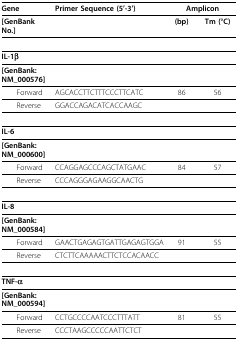
<table><thead><tr><td><b>Gene</b></td><td><b>Primer Sequence (5&#x27;-3&#x27;)</b></td><td colspan="2"><b>Amplicon</b></td></tr></thead><tbody><tr><td><b>[GenBank No.]</b></td><td></td><td><b>(bp)</b></td><td><b>Tm (°C)</b></td></tr><tr><td><b>IL-1β</b></td><td></td><td></td><td></td></tr><tr><td><b>[GenBank:</b>NM_000576<b>]</b></td><td></td><td></td><td></td></tr><tr><td> Forward</td><td>AGCACCTTCTTTCCCTTCATC</td><td>86</td><td>56</td></tr><tr><td> Reverse</td><td>GGACCAGACATCACCAAGC</td><td></td><td></td></tr><tr><td><b>IL-6</b></td><td></td><td></td><td></td></tr><tr><td><b>[GenBank:</b>NM_000600<b>]</b></td><td></td><td></td><td></td></tr><tr><td> Forward</td><td>CCAGGAGCCCAGCTATGAAC</td><td>84</td><td>57</td></tr><tr><td> Reverse</td><td>CCCAGGGAGAAGGCAACTG</td><td></td><td></td></tr><tr><td><b>IL-8</b></td><td></td><td></td><td></td></tr><tr><td><b>[GenBank:</b>NM_000584<b>]</b></td><td></td><td></td><td></td></tr><tr><td> Forward</td><td>GAACTGAGAGTGATTGAGAGTGGA</td><td>91</td><td>55</td></tr><tr><td> Reverse</td><td>CTCTTCAAAAACTTCTCCACAACC</td><td></td><td></td></tr><tr><td><b>TNF-α</b></td><td></td><td></td><td></td></tr><tr><td><b>[GenBank:</b>NM_000594<b>]</b></td><td></td><td></td><td></td></tr><tr><td> Forward</td><td>CCTGCCCCAATCCCTTTATT</td><td>81</td><td>55</td></tr><tr><td> Reverse</td><td>CCCTAAGCCCCCAATTCTCT</td><td></td><td></td></tr></tbody></table>